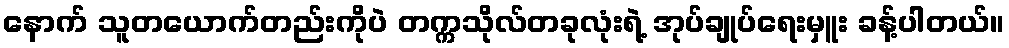
နောက် သူတယောက်တည်းကိုပဲ တက္ကသိုလ်တခုလုံးရဲ့ အုပ်ချုပ်ရေးမှူး ခန့်ပါတယ်။